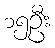
၁၅ဦး